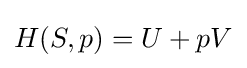
H(S,p)=U+pV